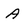
Character: A